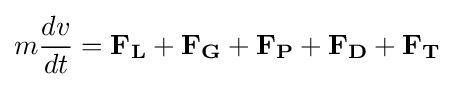
m{\frac {dv}{dt}}=\mathbf {F_{L}} +\mathbf {F_{G}} +\mathbf {F_{P}} +\mathbf {F_{D}} +\mathbf {F_{T}}